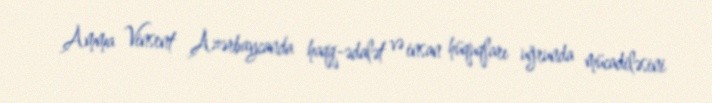
Amma Vinsent Azərbaycanda haqq-ədalət və insan hüquqları uğrunda mücadiləsini